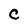
Character: C